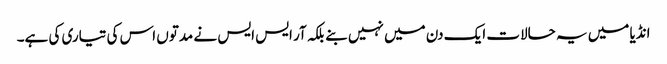
انڈیا میں یہ حالات ایک دن میں نہیں بنے بلکہ آر ایس ایس نے مدتوں اس کی تیاری کی ہے۔